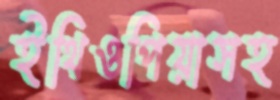
ইথিওপিয়াসহ